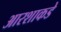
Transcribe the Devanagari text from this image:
आरशाकडे